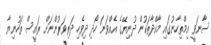
ސާނަވީ އިމްތިހާނުގައި މާއްދާތަކުން ދުނިޔޭގެ އެއްވަނަ ހޯދި ދިވެހި ދަރިވަރުންނަށް ރައީސް ތަހުނިޔާ